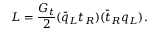
{ \cal L } = \frac { G _ { t } } { 2 } ( \bar { q } _ { L } t _ { R } ) ( \bar { t } _ { R } q _ { L } ) .